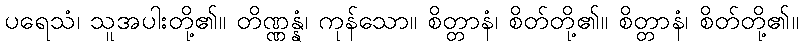
ပရေသံ၊ သူအပါးတို့၏။ တိဏ္ဏန္နံ၊ ကုန်သော။ စိတ္တာနံ၊ စိတ်တို့၏။ စိတ္တာနံ၊ စိတ်တို့၏။